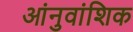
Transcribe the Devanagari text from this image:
आंनुवांशिक